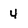
Character: 4